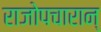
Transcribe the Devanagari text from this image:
राजोपचारान्